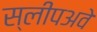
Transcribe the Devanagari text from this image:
स्लीपअवे